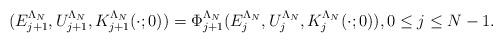
LaTeX: \begin{align*}(E^{\Lambda_N}_{j+1}, U^{\Lambda_N}_{j+1}, K_{j+1}^{\Lambda_N} (\cdot ; 0)) = \Phi_{j+1}^{\Lambda_N} (E^{\Lambda_N}_j, U^{\Lambda_N}_j, K_j^{\Lambda_N} (\cdot ; 0)), 0\leq j \leq N-1 .\end{align*}